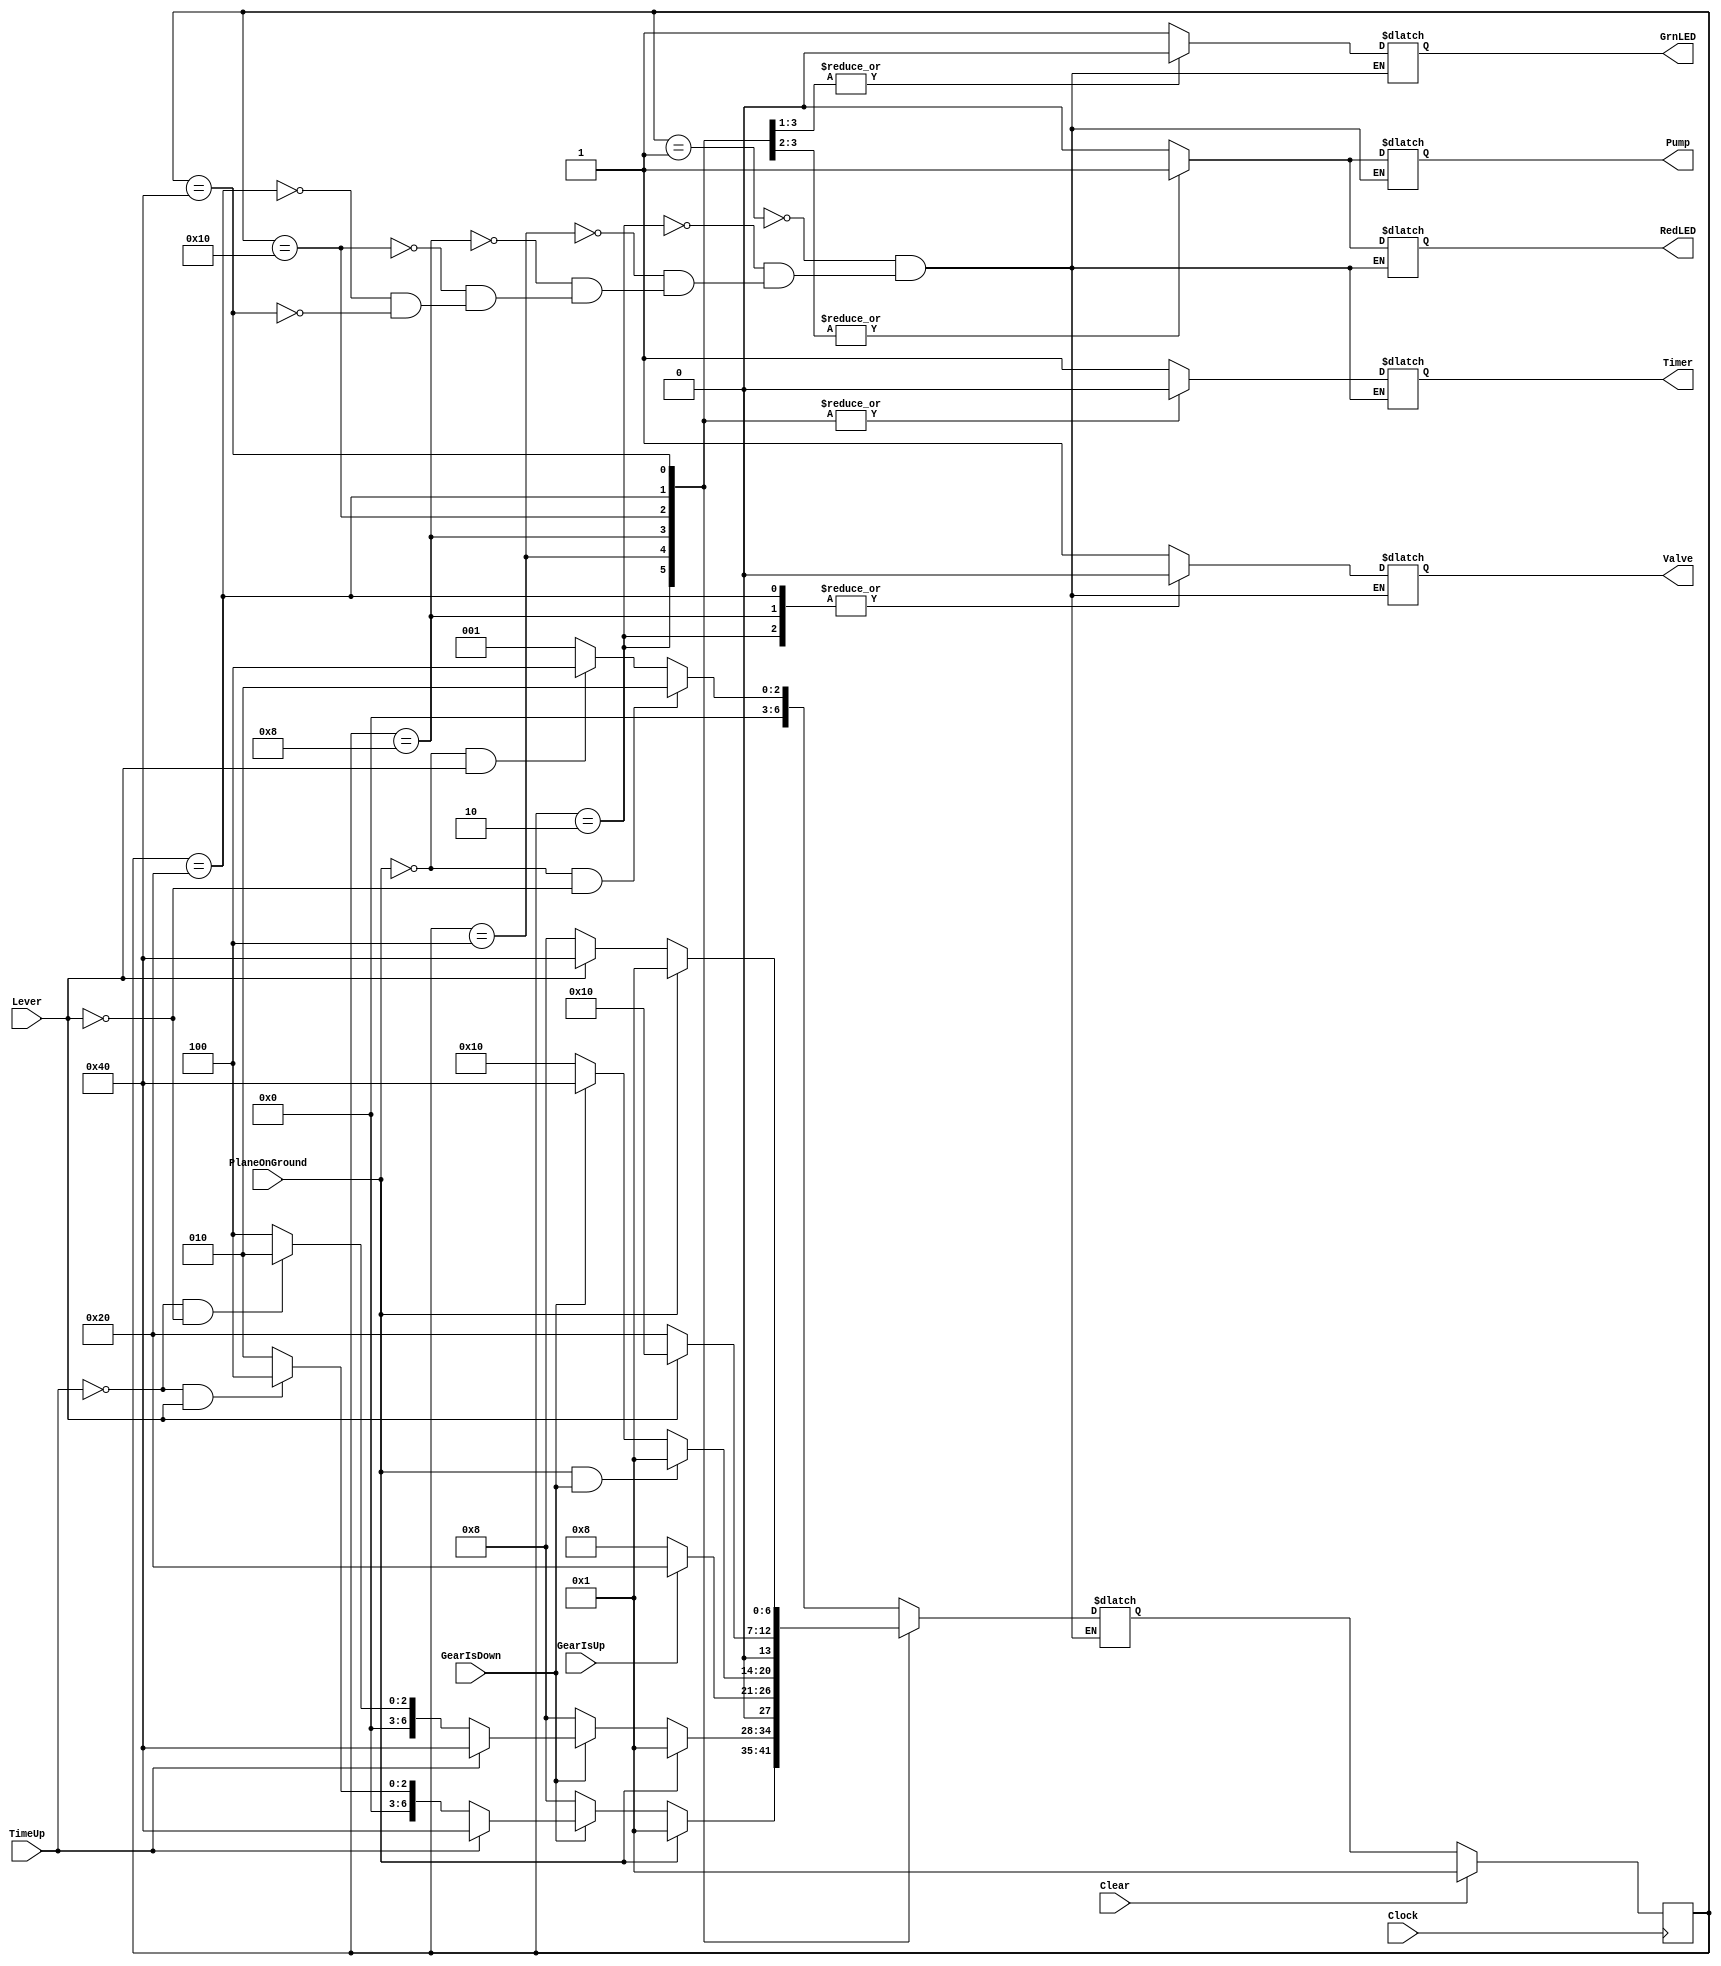
module LandingGearController(Clock, Clear, 
                             GearIsDown, GearIsUp, PlaneOnGround, TimeUp, Lever,
                             RedLED, GrnLED, Valve, Pump, Timer);

input Clock, Clear, GearIsDown, GearIsUp, PlaneOnGround, TimeUp, Lever;
output RedLED, GrnLED, Valve, Pump, Timer;
reg RedLED, GrnLED, Valve, Pump, Timer;

parameter YES = 1'b1;
parameter ON = 1'b1;
parameter DOWN = 1'b1;
parameter RESET = 1'b1;

parameter NO = 1'b0;
parameter OFF = 1'b0;
parameter UP = 1'b0;
parameter COUNT = 1'b0;

parameter
  TAXI   = 7'b0000001,
  TUP    = 7'b0000010,
  TDN    = 7'b0000100,
  GOUP   = 7'b0001000,
  GODN   = 7'b0010000,
  FLYUP  = 7'b0100000,
  FLYDN  = 7'b1000000;

reg [6:0] State, NextState;

//
// Updates state or reset on every positive clock edge
//

always @(posedge Clock)
begin
if (Clear)
  State <= TAXI;
else
  State <= NextState;
end

//
// State Descriptions
//
// TAXI  Plane is on the ground -- this is the only state to reset the timer
// TUP   Plane has taken off and requested the gear up but less than two seconds
// TDN   Plane has taken off but not requested the gear up with less than two seconds
// GOUP  Plane is in flight; gear is in motion being retracted
// GODN  Plane is in flight; gear is in motion being extended
// FLYUP Plane is in flight with the gear retracted
// FLYDN Plane is in flight with the gear extended
//

always @(State)
begin
case (State)
  TAXI: begin
    RedLED = OFF;
    GrnLED = ON;
    Valve  = DOWN;
    Pump   = OFF;
    Timer  = RESET;
    end

  TUP: begin
    RedLED = OFF;
    GrnLED = ON;
    Valve  = UP;
    Pump   = OFF;
    Timer  = COUNT;
    end

  TDN: begin
    RedLED = OFF;
    GrnLED = ON;
    Valve  = DOWN;
    Pump   = OFF;
    Timer  = COUNT;
    end

  GOUP: begin
    RedLED = ON;
    GrnLED = OFF;
    Valve  = UP;
    Pump   = ON;
    Timer  = COUNT;
    end

  GODN: begin
    RedLED = ON;
    GrnLED = OFF;
    Valve  = DOWN;
    Pump   = ON;
    Timer  = COUNT;
    end

  FLYUP: begin
    RedLED = OFF;
    GrnLED = OFF;
    Valve  = UP;
    Pump   = OFF;
    Timer  = COUNT;
    end

  FLYDN: begin
    RedLED = OFF;
    GrnLED = ON;
    Valve  = DOWN;
    Pump   = OFF;
    Timer  = COUNT;
    end

endcase
end

//
// Next state generation logic
//

always @(State or GearIsDown or GearIsUp or PlaneOnGround or TimeUp or Lever)
begin
case (State)
  TAXI: begin
    if (PlaneOnGround == NO && Lever == UP)
      NextState = TUP;
    else if (PlaneOnGround == NO && Lever == DOWN)
      NextState = TDN;
    else
      NextState = TAXI;
    end

  TUP: begin
    if (PlaneOnGround)
      NextState = TAXI;
    else if (GearIsDown == NO) 
      NextState = GOUP;
    else if (TimeUp == YES)
      NextState = FLYDN;
    else if (TimeUp == NO && Lever == DOWN)
      NextState = TDN;
    else 
      NextState = TUP;
    end

  TDN: begin
    if (PlaneOnGround)
      NextState = TAXI;
    else if (GearIsDown == NO) 
      NextState = GOUP;
    else if (TimeUp == YES)
      NextState = FLYDN;
    else if (TimeUp == NO && Lever == UP)
      NextState = TUP;
    else 
      NextState = TDN;
    end

  GOUP: begin
    if (GearIsUp == YES)
      NextState = FLYUP;
    else 
      NextState = GOUP;
    end

  GODN: begin
    if (PlaneOnGround == YES && GearIsDown == YES)
      NextState = TAXI;
    else if (GearIsDown == YES)
      NextState = FLYDN;
    else 
      NextState = GODN;
    end

  FLYUP: begin
    if (Lever == DOWN)
      NextState = GODN;
    else
      NextState = FLYUP;
    end

  FLYDN: begin
    if (PlaneOnGround == YES) 
      NextState = TAXI;
    else if (Lever == UP)
      NextState = GOUP;
    else
      NextState = FLYDN;
    end
endcase
end


endmodule